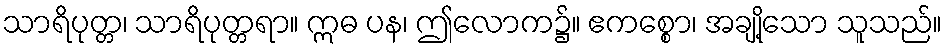
သာရိပုတ္တ၊ သာရိပုတ္တရာ။ ဣဓ ပန၊ ဤလောက၌။ ဧကစ္စော၊ အချို့သော သူသည်။